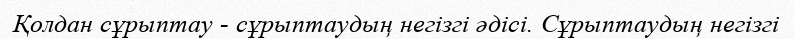
Қолдан сұрыптау - сұрыптаудың негізгі әдісі. Сұрыптаудың негізгі